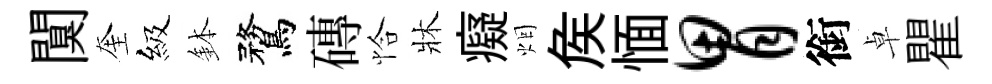
闃奎級鉢鶩磚恰牀癡烟矦愐胃銜卓瞿